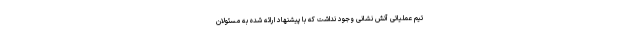
تیم عملیاتی آتش نشانی وجود نداشت که با پیشنهاد ارائه شده به مسئولان